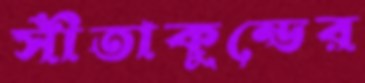
সীতাকুন্ডের